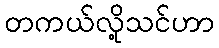
တကယ်လို့သင်ဟာ